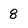
Character: 8